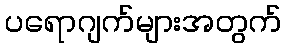
ပရောဂျက်များအတွက်